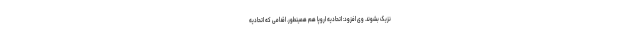
نزیک بشوند. وی افزود: اتحادیه اروپا هم همینطور. اقدامی که اتحادیه